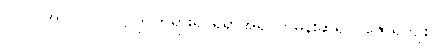
ပါ-ပ-အုပ်-၁၇၁၊ ဋ္ဌ-ဒု-ဘုရားရှင်ရှိရာအရပ်ကိုမှန်းဆ၍ ပူဇော်ရကျိုး၊